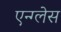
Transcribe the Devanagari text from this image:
एन्ग्लेस